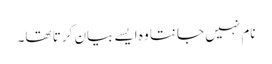
نام نہیں جانتا وہ ایسے بیان کرتا تھا۔